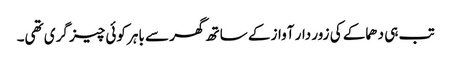
تب ہی دھماکے کی زور دار آواز کے ساتھ گھر سے باہر کوئی چیز گری تھی۔